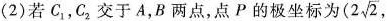
(2)若C_{1}，C_{2}交于A，B两点，点P的极坐标为( 2 \sqrt{2},